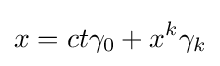
x=ct\gamma _{0}+x^{k}\gamma _{k}